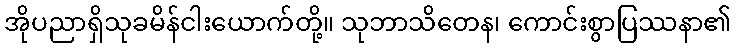
အိုပညာရှိသုခမိန်ငါးယောက်တို့။ သုဘာသိတေန၊ ကောင်းစွာပြဿနာ၏